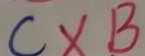
C \times B